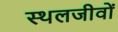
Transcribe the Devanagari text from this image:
स्थलजीवों